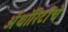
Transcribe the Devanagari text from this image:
ॲथॉरिटीचे